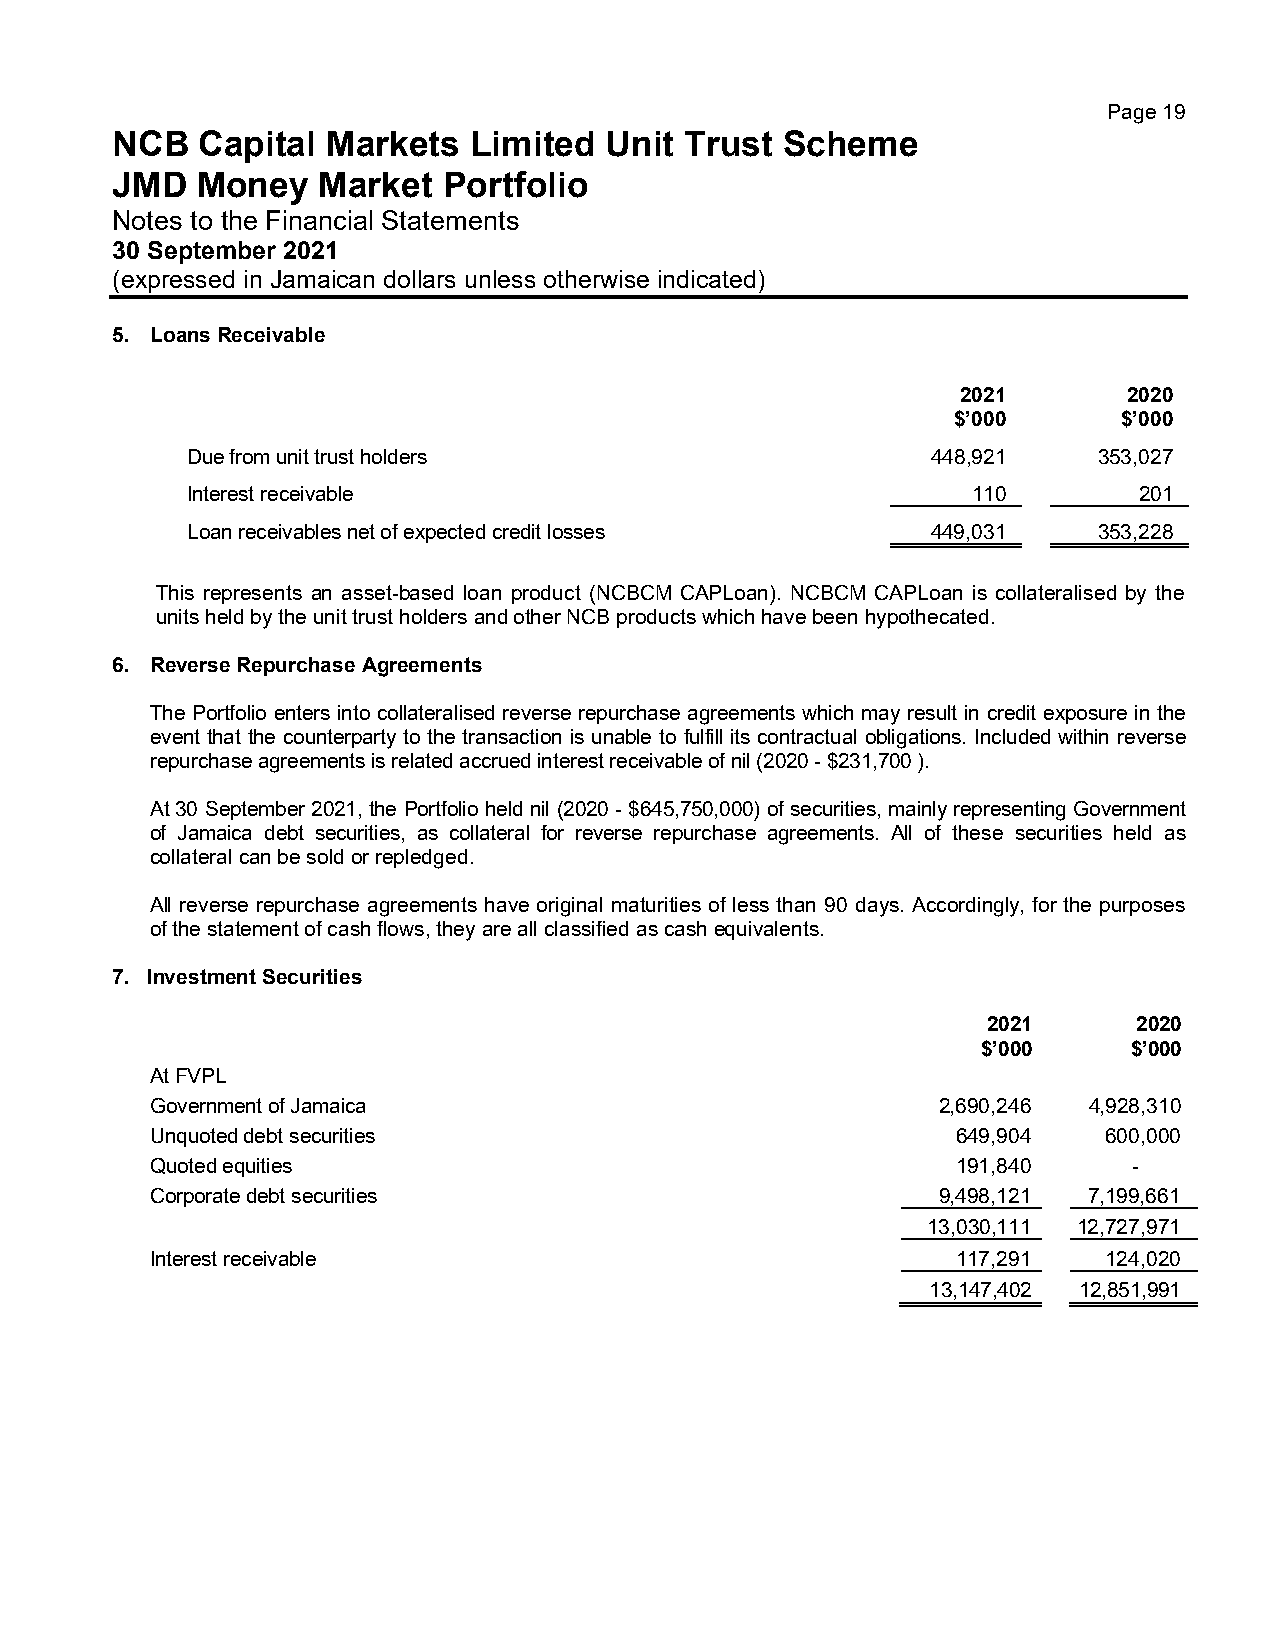
Page 19
 NCB   Capital  Markets  Limited  Unit Trust  Scheme
 JMD   Money   Market  Portfolio
 Notes to the Financial Statements
 30 September 2021
 (expressed in Jamaican dollars unless otherwise indicated)
 5. Loans Receivable
 2021       2020
 $’000      $’000
 Due from unit trust holders                       448,921    353,027
 Interest receivable                                 110        201
 Loan receivables net of expected credit losses    449,031    353,228
 This represents an asset-based loan product (NCBCM CAPLoan). NCBCM CAPLoan is collateralised by the
 units held by the unit trust holders and other NCB products which have been hypothecated.
 6. Reverse Repurchase Agreements
 The Portfolio enters into collateralised reverse repurchase agreements which may result in credit exposure in the
 event that the counterparty to the transaction is unable to fulfill its contractual obligations. Included within reverse
 repurchase agreements is related accrued interest receivable of nil (2020 - $231,700 ).
 At 30 September 2021, the Portfolio held nil (2020 - $645,750,000) of securities, mainly representing Government
 of Jamaica debt securities, as collateral for reverse repurchase agreements. All of these securities held as
 collateral can be sold or repledged.
 All reverse repurchase agreements have original maturities of less than 90 days. Accordingly, for the purposes
 of the statement of cash flows, they are all classified as cash equivalents.
 7. Investment Securities
 2021      2020
 $’000     $’000
 At FVPL
 Government of Jamaica                               2,690,246 4,928,310
 Unquoted debt securities                             649,904   600,000
 Quoted equities                                      191,840     -
 Corporate debt securities                           9,498,121 7,199,661
 13,030,111 12,727,971
 Interest receivable                                  117,291   124,020
 13,147,402 12,851,991